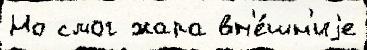
Но смог жара вн'е́шн'иjе